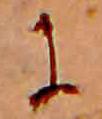
に